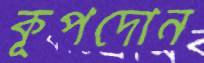
কূপদোন